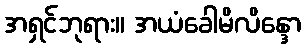
အရှင်ဘုရား။ အယံခေါမိလိန္ဒော